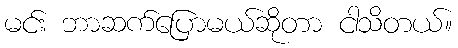
မင်း ဘာဆက်ပြောမယ်ဆိုတာ ငါသိတယ်။